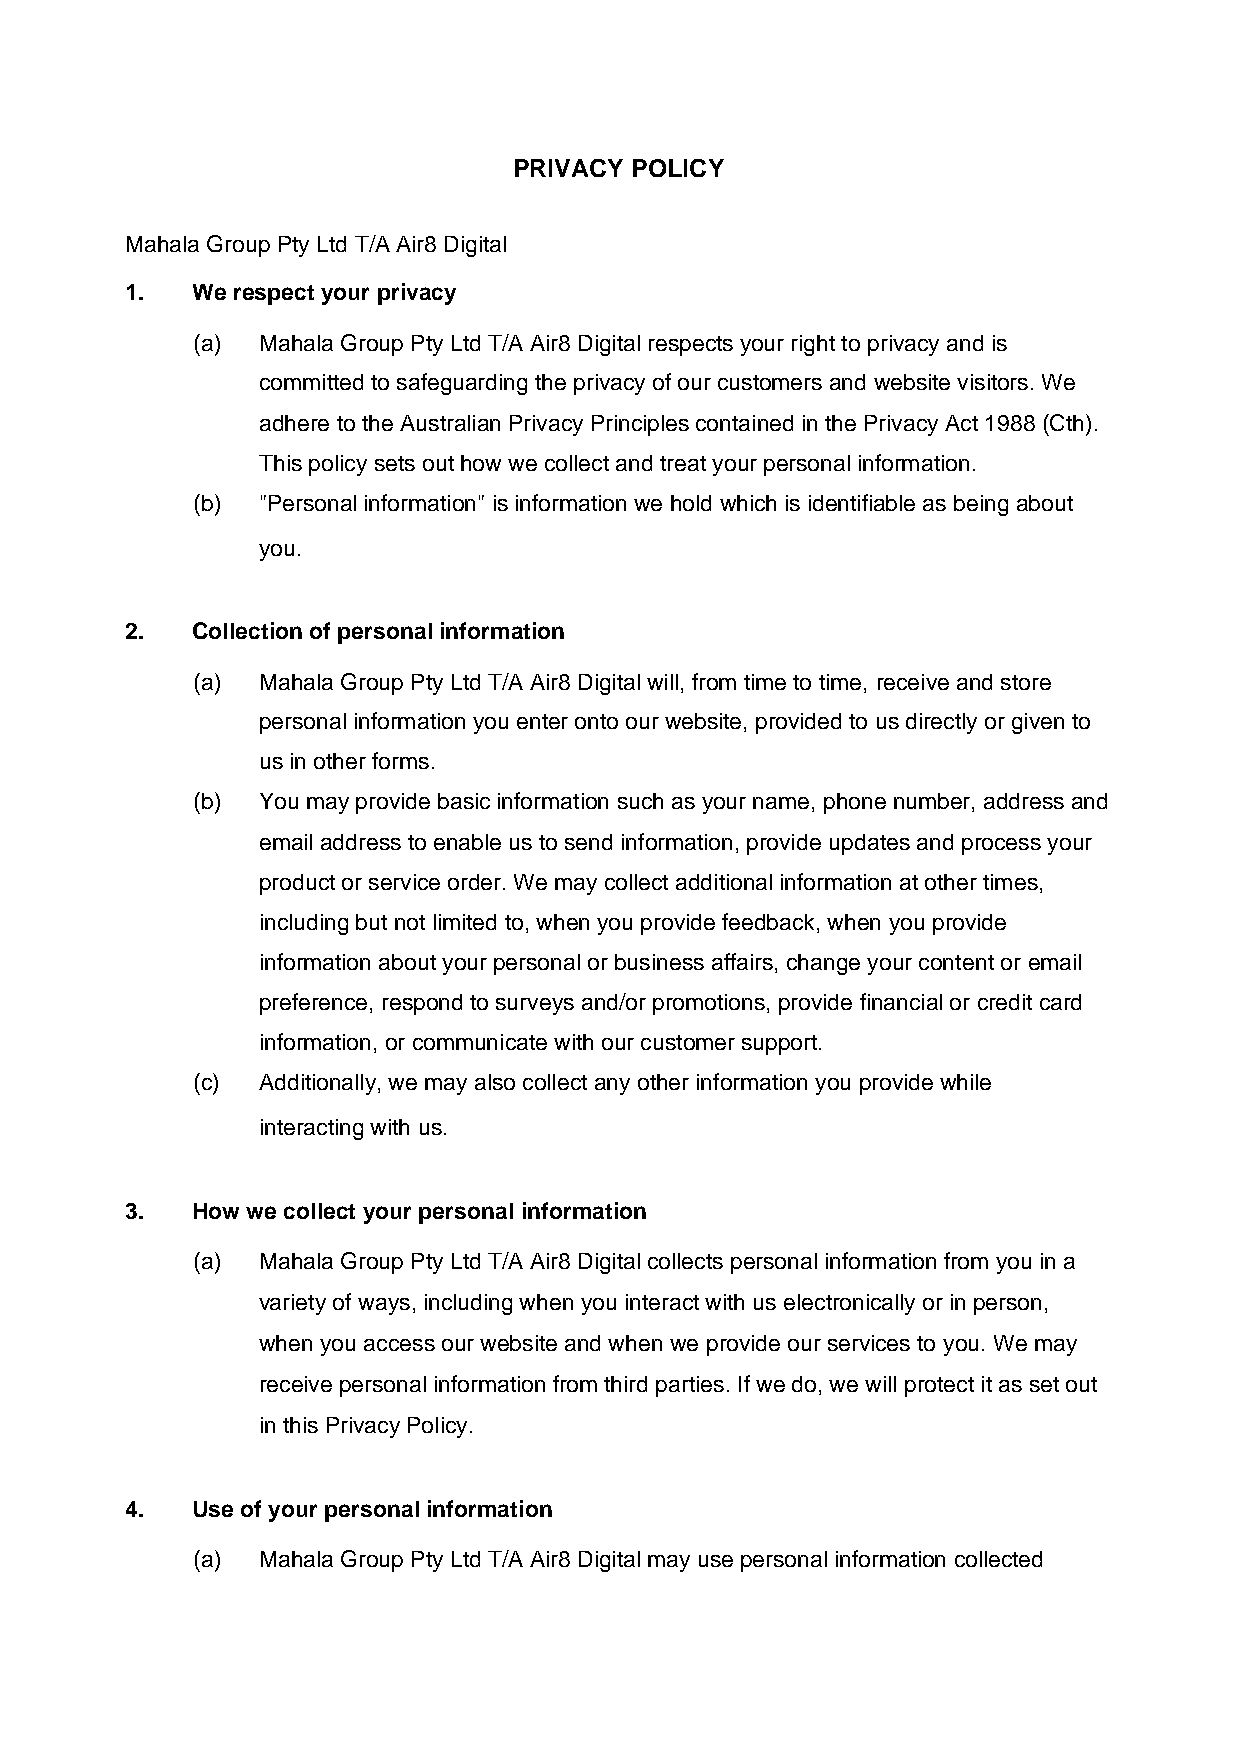
PRIVACY POLICY
 Mahala Group Pty Ltd T/A Air8 Digital
 1.   We respect your privacy
 (a) Mahala Group Pty Ltd T/A Air8 Digital respects your right to privacy and is
 committed to safeguarding the privacy of our customers and website visitors. We
 adhere to the Australian Privacy Principles contained in the Privacy Act 1988 (Cth).
 This policy sets out how we collect and treat your personal information.
 (b) "Personal information" is information we hold which is identifiable as being about
 you.
 2.   Collection of personal information
 (a) Mahala Group Pty Ltd T/A Air8 Digital will, from time to time, receive and store
 personal information you enter onto our website, provided to us directly or given to
 us in other forms.
 (b) You may provide basic information such as your name, phone number, address and
 email address to enable us to send information, provide updates and process your
 product or service order. We may collect additional information at other times,
 including but not limited to, when you provide feedback, when you provide
 information about your personal or business affairs, change your content or email
 preference, respond to surveys and/or promotions, provide financial or credit card
 information, or communicate with our customer support.
 (c) Additionally, we may also collect any other information you provide while
 interacting with us.
 3.   How we collect your personal information
 (a) Mahala Group Pty Ltd T/A Air8 Digital collects personal information from you in a
 variety of ways, including when you interact with us electronically or in person,
 when you access our website and when we provide our services to you. We may
 receive personal information from third parties. If we do, we will protect it as set out
 in this Privacy Policy.
 4.   Use of your personal information
 (a) Mahala Group Pty Ltd T/A Air8 Digital may use personal information collected